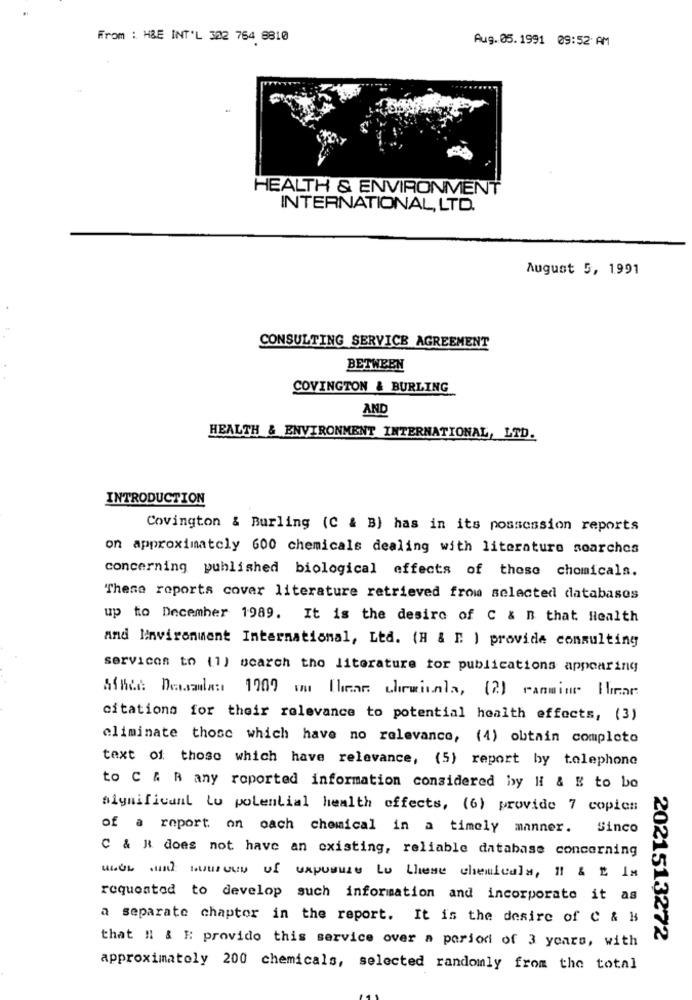
From : H&E INT'L 302 764 8810
Aug. 05. 1991 09:52 AM
HEALTH & ENVIRONMENT
INTERNATIONAL, LTD.
August 5, 1991
CONSULTING SERVICE AGREEMENT
BETWEEN
COVINGTON & BURLING
AND
HEALTH & ENVIRONMENT INTERNATIONAL, LTD.
INTRODUCTION
Covington & Burling (C & B) has in its possession reports
on approximately 600 chemicals dealing with literature searches
concerning published biological effects of those chemicals.
These reports cover literature retrieved from selected databases
up to December 1989. It is the desiro of C & B that. Health
and Environment International, Ltd. (H & M. ) provide consulting
services to (1) search the literature for publications appearing
Afhce Desalan 1909 im Thear chewinla, (2) ranmiur Har
citations for their relevance to potential health effects, (3)
eliminate those which have no relevance, (4) obtain completo
text of those which have relevance, (5) report by telephone
to C & R any reported information considered by H & E to bo
significant to potential health effects, (6) provide 7 copien
of a report on oach chemical in a timely manner. Sinco
C & R does not have an existing, reliable database concerning
requested to develop such information and incorporate it as
a separate chapter in the report. It is the desire of C & B
that !l & E provido this service over a period of 3 years, with
2021513272
approximately 200 chemicals, selected randomly from the total